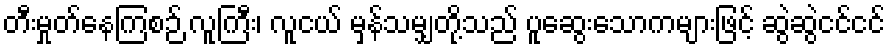
တီးမှုတ်နေကြစဉ် လူကြီး၊ လူငယ် မှန်သမျှတို့သည် ပူဆွေးသောကများဖြင့် ဆွဲဆွဲငင်ငင်